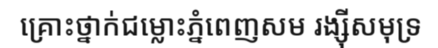
គ្រោះថ្នាក់ជម្លោះភ្នំពេញសម រង្ស៊ីសមុទ្រ